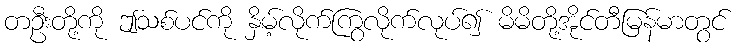
တဦးတို့ကို ဤသစ်ပင်ကို နှိမ့်လိုက်ကြွလိုက်လုပ်၍ မိမိတို့အိုင်တီမြန်မာတွင်